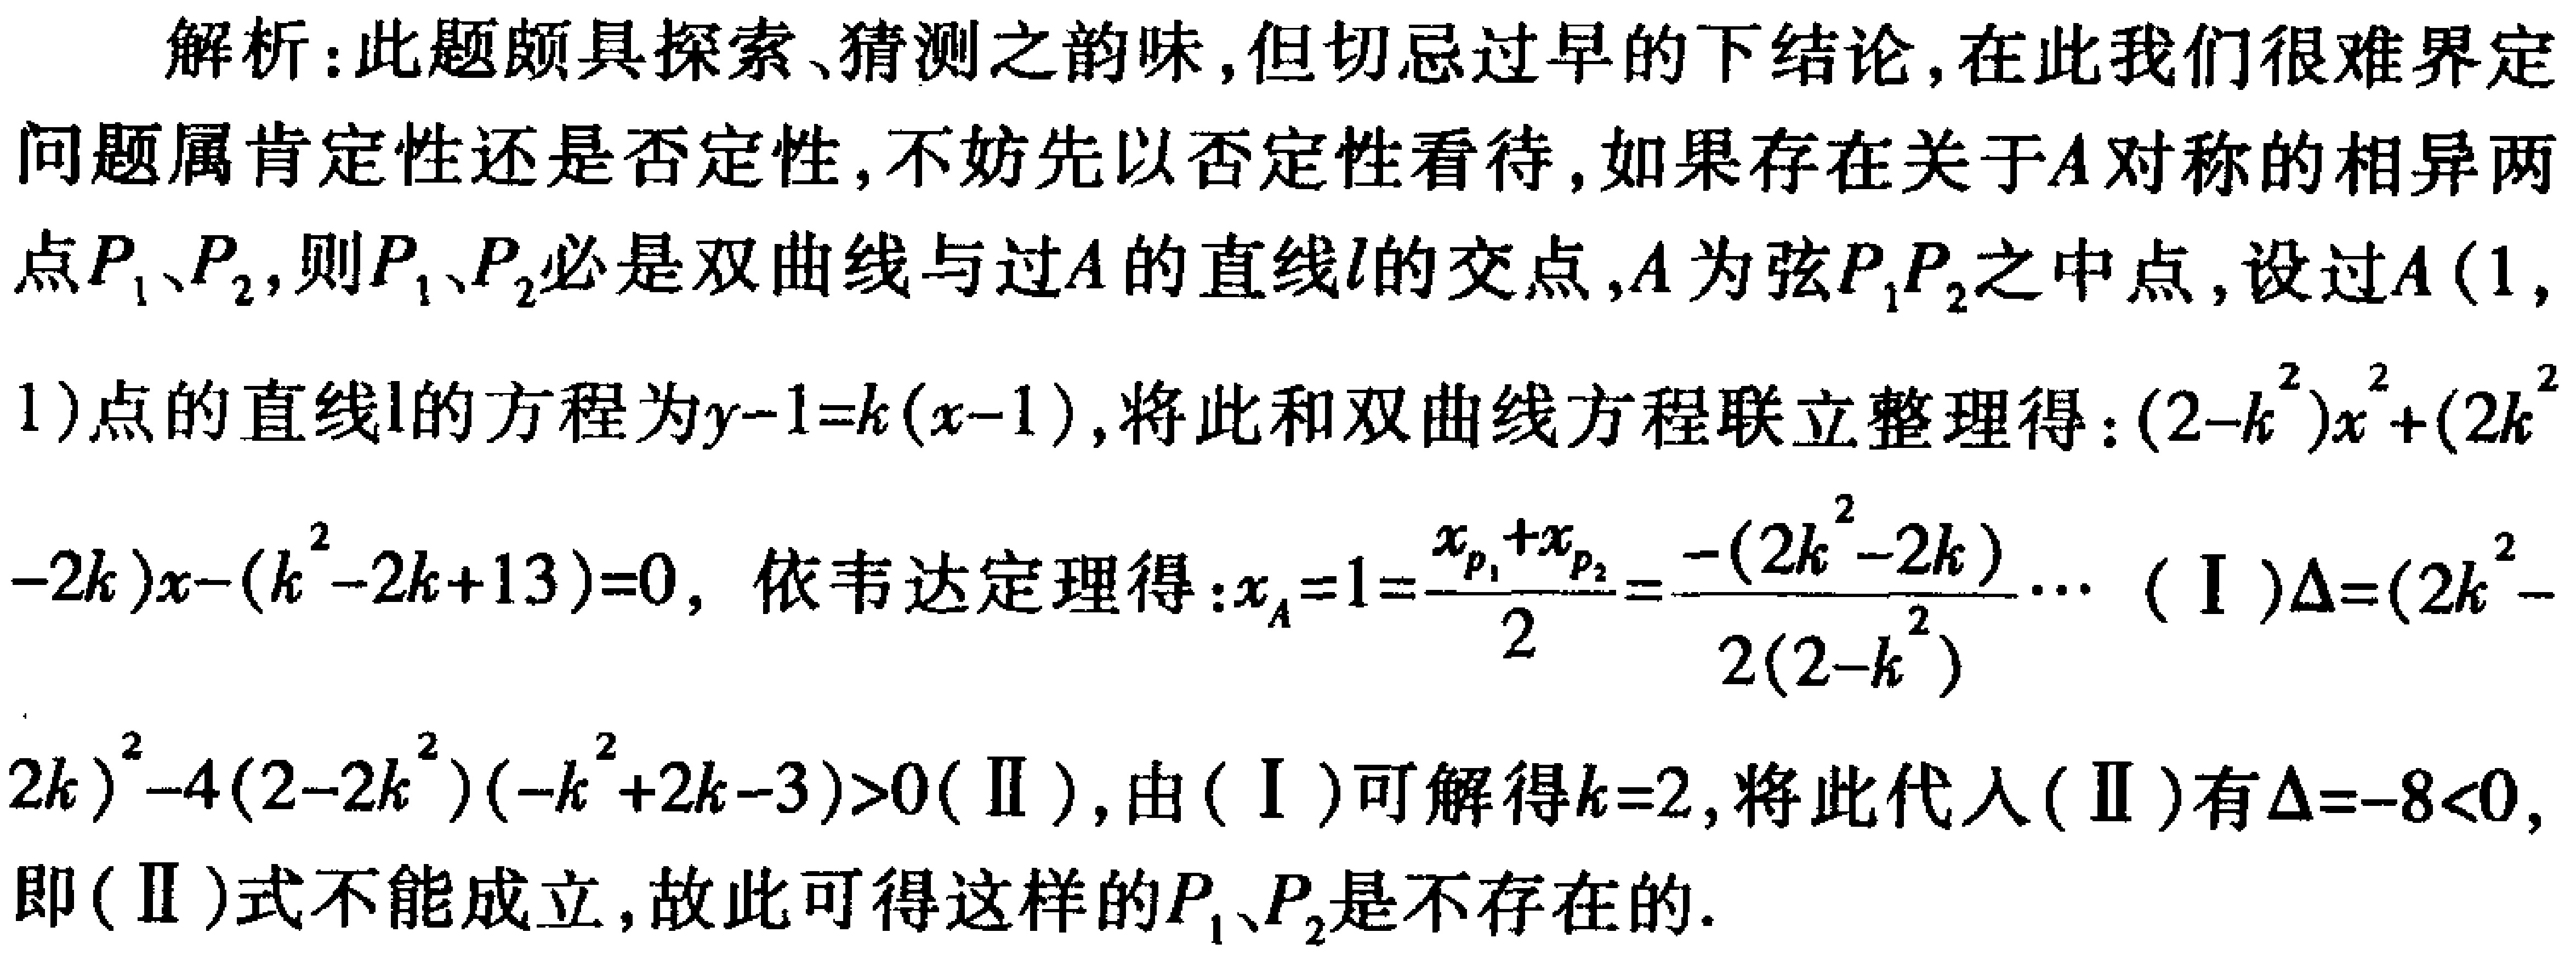
解析：此题颇具探索、猜测之韵味,但切忌过早的下结论,在此我们很难界定

问题属肯定性还是否定性,不妨先以否定性看待,如果存在关于\(A\)对称的相异两

点\(P_1、P_2\),则\(P_1、P_2\)必是双曲线与过\(A\)的直线\(l\)的交点,\(A\)为弦\(P_1P_2\)之中点,设过\(A(1,\)

\(1)\)点的直线\(l\)的方程为\(y - 1 = k(x - 1)\),将此和双曲线方程联立整理得：\((2 - k^{2})x^{2}+(2k^{2}\)

\(- 2k)x-(k^{2}-2k + 13)=0\), 依韦达定理得：\(x_A = 1=\frac{x_{p_1}+x_{p_2}}{2}=\frac{-(2k^{2}-2k)}{2(2 - k^{2})}\cdots\) (\(I\))\(\Delta=(2k^{2}-\)

\(2k)^{2}-4(2 - 2k^{2})(-k^{2}+2k - 3)>0\)(\(II\)),由(\(I\))可解得\(k = 2\),将此代入(\(II\))有\(\Delta=-8<0\),

即(\(II\))式不能成立,故此可得这样的\(P_1、P_2\)是不存在的.